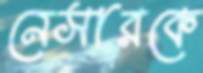
নেসারকে